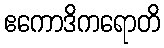
ဧကောဒိကရောတိ